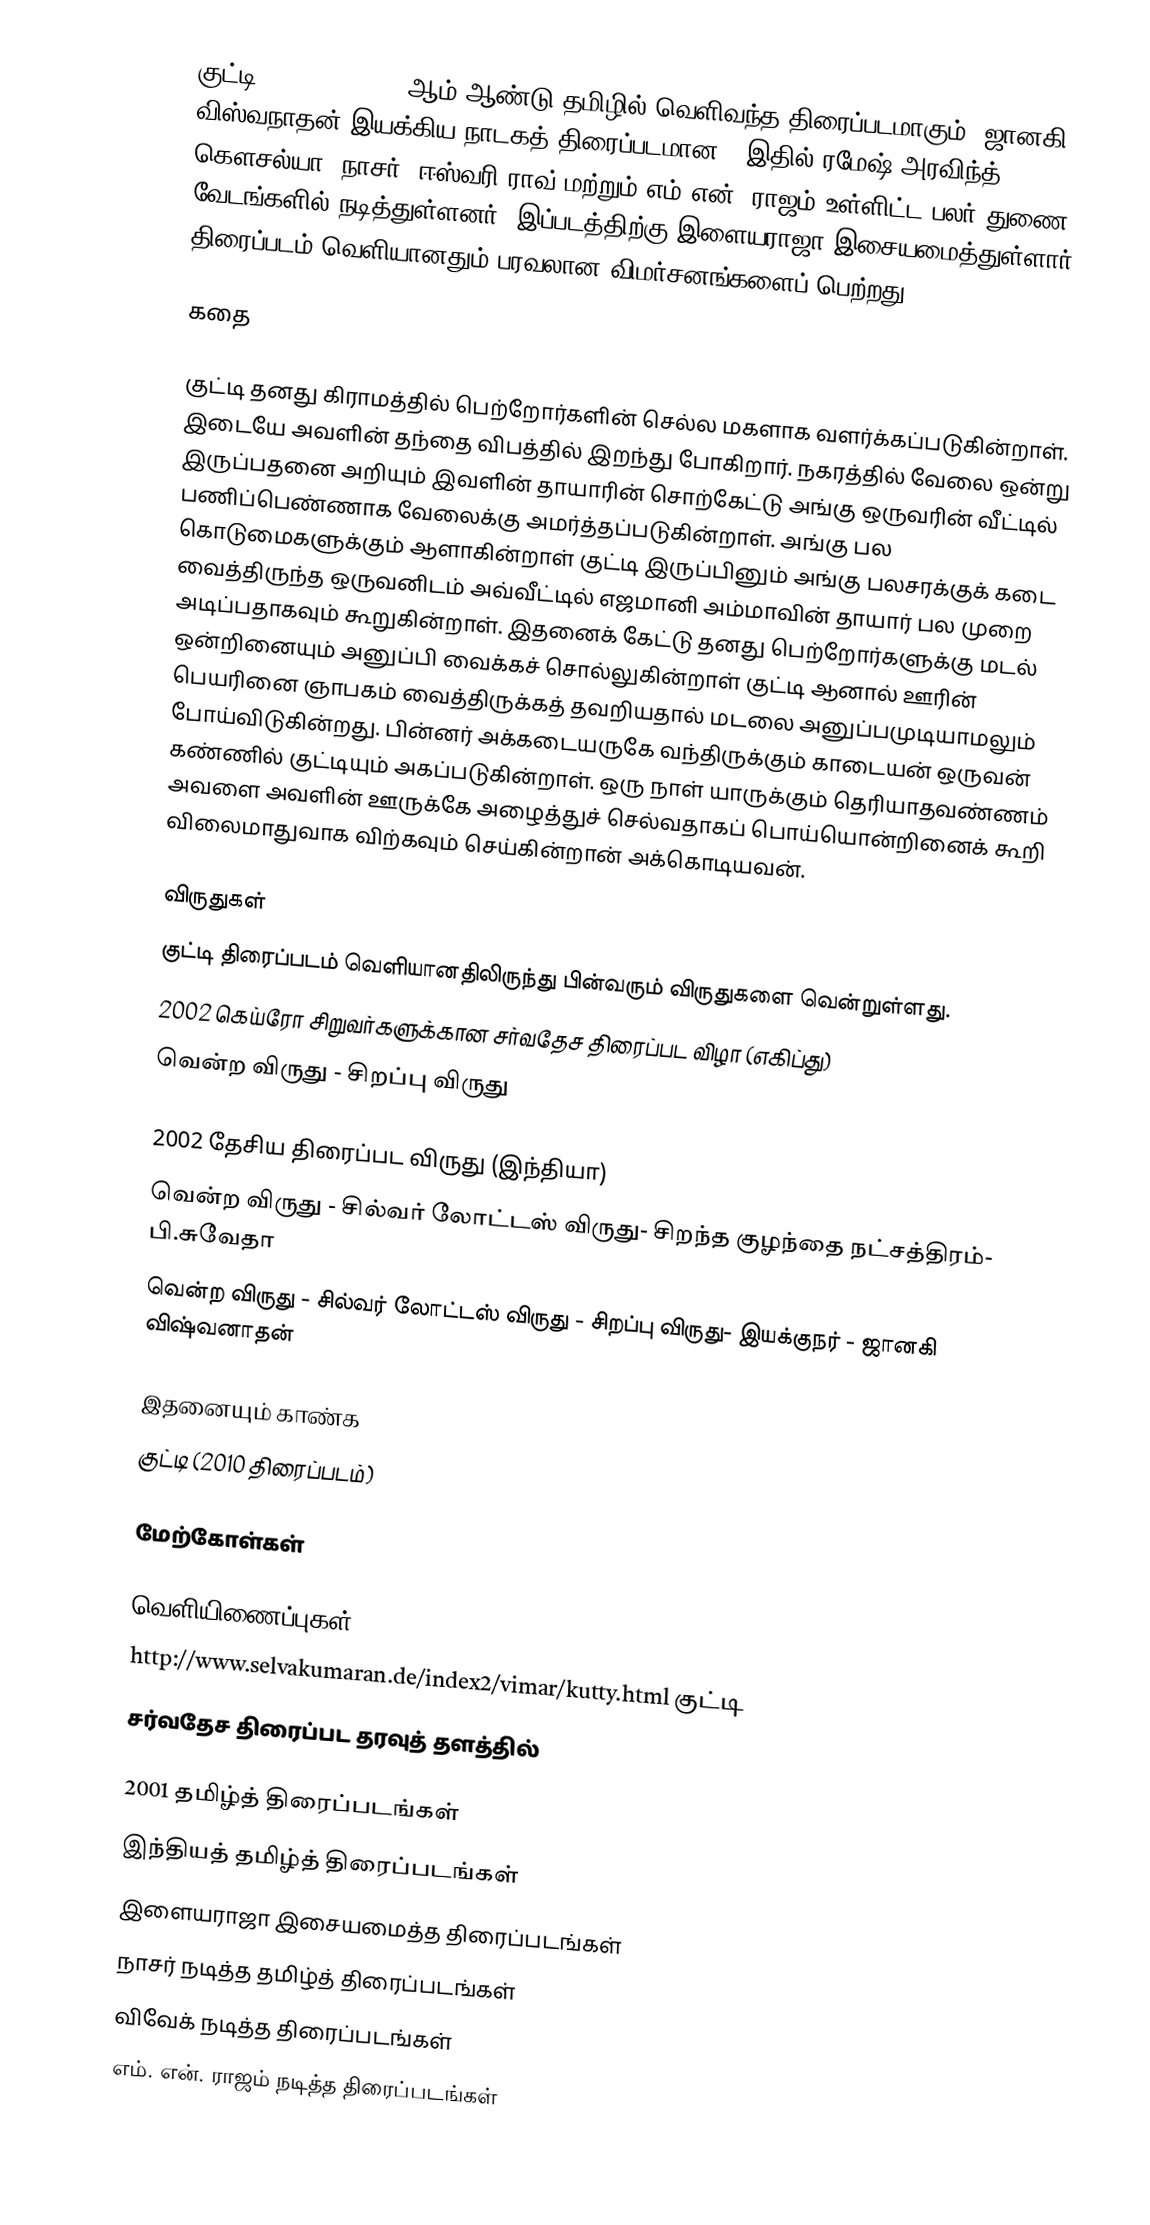
குட்டி (Kutty) (2001) ஆம் ஆண்டு தமிழில் வெளிவந்த திரைப்படமாகும்.  ஜானகி விஸ்வநாதன் இயக்கிய  நாடகத் திரைப்படமான . இதில் ரமேஷ் அரவிந்த், கௌசல்யா, நாசர், ஈஸ்வரி ராவ் மற்றும் எம்.என். ராஜம் உள்ளிட்ட பலர் துணை வேடங்களில் நடித்துள்ளனர். இப்படத்திற்கு இளையராஜா இசையமைத்துள்ளார். திரைப்படம்  வெளியானதும் பரவலான விமர்சனங்களைப் பெற்றது.

கதை

குட்டி தனது கிராமத்தில் பெற்றோர்களின் செல்ல மகளாக வளர்க்கப்படுகின்றாள். இடையே அவளின் தந்தை விபத்தில் இறந்து போகிறார். நகரத்தில் வேலை ஒன்று இருப்பதனை அறியும் இவளின் தாயாரின் சொற்கேட்டு அங்கு ஒருவரின் வீட்டில் பணிப்பெண்ணாக வேலைக்கு அமர்த்தப்படுகின்றாள். அங்கு பல கொடுமைகளுக்கும் ஆளாகின்றாள் குட்டி இருப்பினும் அங்கு பலசரக்குக் கடை வைத்திருந்த ஒருவனிடம் அவ்வீட்டில் எஜமானி அம்மாவின் தாயார் பல முறை அடிப்பதாகவும் கூறுகின்றாள். இதனைக் கேட்டு தனது பெற்றோர்களுக்கு மடல் ஒன்றினையும் அனுப்பி வைக்கச் சொல்லுகின்றாள் குட்டி ஆனால் ஊரின் பெயரினை ஞாபகம் வைத்திருக்கத் தவறியதால் மடலை அனுப்பமுடியாமலும் போய்விடுகின்றது. பின்னர் அக்கடையருகே வந்திருக்கும் காடையன் ஒருவன் கண்ணில் குட்டியும் அகப்படுகின்றாள். ஒரு நாள் யாருக்கும் தெரியாதவண்ணம் அவளை அவளின் ஊருக்கே அழைத்துச் செல்வதாகப் பொய்யொன்றினைக் கூறி விலைமாதுவாக விற்கவும் செய்கின்றான் அக்கொடியவன்.

விருதுகள்
குட்டி திரைப்படம் வெளியானதிலிருந்து பின்வரும் விருதுகளை வென்றுள்ளது.
2002 கெய்ரோ சிறுவர்களுக்கான சர்வதேச திரைப்பட விழா (எகிப்து)
 வென்ற விருது - சிறப்பு விருது

2002 தேசிய திரைப்பட விருது (இந்தியா)
 வென்ற விருது - சில்வர் லோட்டஸ் விருது- சிறந்த குழந்தை நட்சத்திரம்- பி.சுவேதா
 வென்ற விருது - சில்வர் லோட்டஸ் விருது - சிறப்பு விருது- இயக்குநர் - ஜானகி விஷ்வனாதன்

இதனையும் காண்க
 குட்டி (2010 திரைப்படம்)

மேற்கோள்கள்

வெளியிணைப்புகள்
 http://www.selvakumaran.de/index2/vimar/kutty.html  குட்டி
சர்வதேச திரைப்பட தரவுத் தளத்தில்

2001 தமிழ்த் திரைப்படங்கள்
இந்தியத் தமிழ்த் திரைப்படங்கள்
இளையராஜா இசையமைத்த திரைப்படங்கள்
நாசர் நடித்த தமிழ்த் திரைப்படங்கள்
விவேக் நடித்த திரைப்படங்கள்
எம். என். ராஜம் நடித்த திரைப்படங்கள்